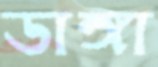
ডাঙ্গা